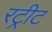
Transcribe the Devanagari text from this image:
रट्रीट